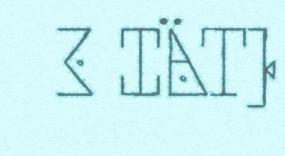
3 IÄT)